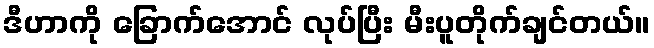
ဒီဟာကို ခြောက်အောင် လုပ်ပြီး မီးပူတိုက်ချင်တယ်။